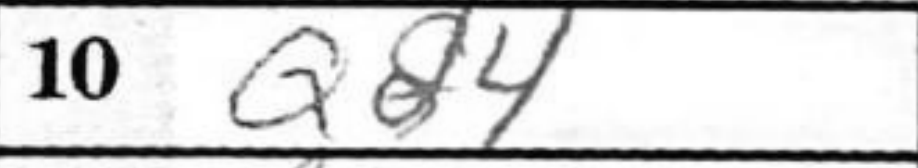
Transcription: Qd4